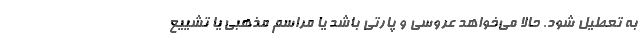
به تعطیل شود. حالا می‌خواهد عروسی و پارتی باشد یا مراسم مذهبی یا تشییع